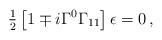
LaTeX: \begin{align*}{\textstyle\frac{1}{2}}\left[1\mp i\Gamma^{0}\Gamma_{11}\right] \epsilon =0\, ,\end{align*}